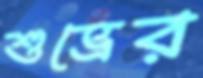
শুভ্রের